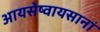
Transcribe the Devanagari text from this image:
आयसेष्वायसानां